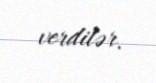
verdilər.